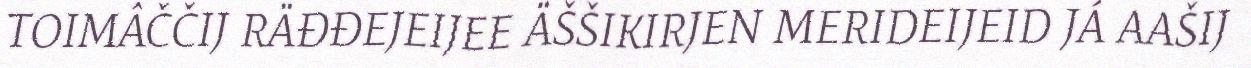
TOIMÂČČIJ RÄĐĐEJEIJEE ÄŠŠIKIRJEN MERIDEIJEID JÁ AAŠIJ